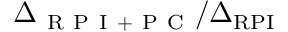
\Delta _ { \mathrm { ~ R ~ P ~ I ~ + ~ P ~ C ~ } } / \Delta _ { \mathrm { R P I } }